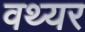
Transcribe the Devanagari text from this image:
वथ्यर